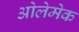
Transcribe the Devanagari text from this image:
ओलेमेक